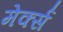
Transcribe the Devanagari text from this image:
मेर्क्स